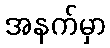
အနက်မှာ